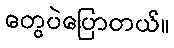
တွေပဲပြောတယ်။